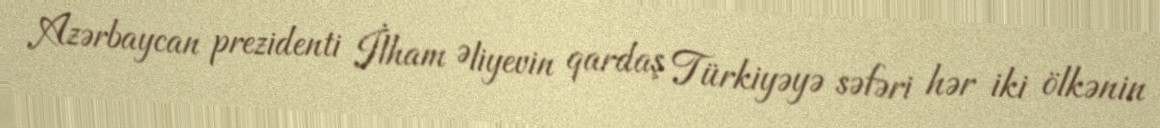
Azərbaycan prezidenti İlham Əliyevin qardaş Türkiyəyə səfəri hər iki ölkənin